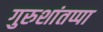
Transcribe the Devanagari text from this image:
गुरुशांतप्पा